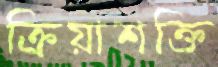
ক্রিয়াশক্তি